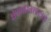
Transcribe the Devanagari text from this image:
क्षेपणास्त्रशास्त्रज्ञ